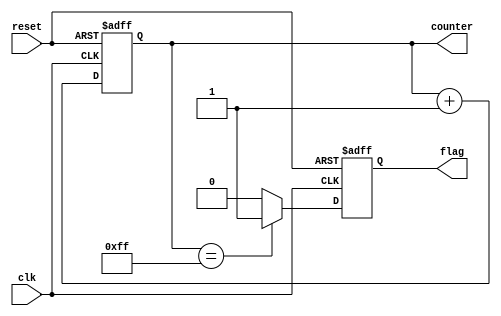
module ClockCycleInitialization (
    input wire clk,            // Clock signal
    input wire reset,          // Reset signal
    output reg [7:0] counter,  // Example internal state variable (8-bit counter)
    output reg flag            // Example internal state variable (flag)
);

// Initialization process
always @(posedge clk or posedge reset) begin
    if (reset) begin
        // Reset all internal state variables to predefined initial values
        counter <= 8'b00000000; // Initialize counter to 0
        flag <= 1'b0;           // Initialize flag to 0
    end else begin
        // Normal operation after reset
        // Here you can include your state updates, data processing, etc.
        counter <= counter + 1; // Example: increment the counter
        // Update flag based on some condition (example)
        if (counter == 8'b11111111) begin
            flag <= 1'b1; // Set flag when counter reaches maximum value
        end else begin
            flag <= 1'b0; // Clear flag otherwise
        end
    end
end

endmodule